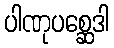
ပါဏုပစ္ဆေဒါ